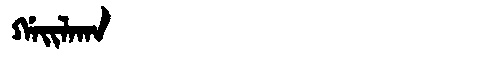
Manchu: ᡤᠠᡳᠯᠠᡴᠠ
Romanization: GAILAKA